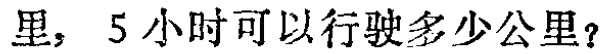
里，5小时可以行驶多少公里？